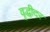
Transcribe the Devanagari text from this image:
वृद्धीदर